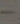
-